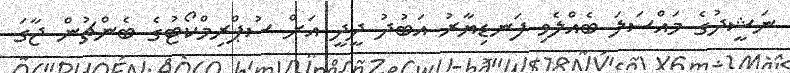
ނަޝީދުގެ މައްސަލަ ބެއްލެވި ފަނޑިޔާރު އަބުދު ދީދީ އަށް ސުޕްރިމްކޯޓުގެ ބެންޗުން ޖާގަ